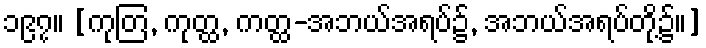
၁၉၇။ [ကုတြ, ကုတ္ထ, ကတ္ထ-အဘယ်အရပ်၌, အဘယ်အရပ်တို့၌။]